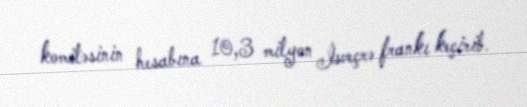
komitəsinin hesabına 10,3 milyon İsveçrə frankı keçirib.